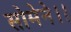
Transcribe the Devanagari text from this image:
सोमेने।।